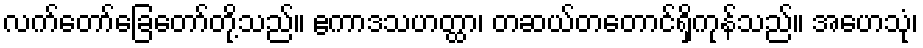
လက်တော်ခြေတော်တို့သည်။ ဧကာဒသဟတ္ထာ၊ တဆယ်တတောင်ရှိကုန်သည်။ အဟေသုံ၊